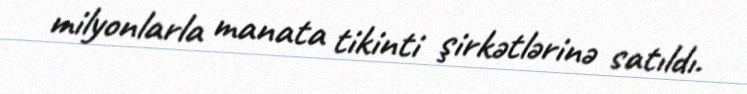
milyonlarla manata tikinti şirkətlərinə satıldı.